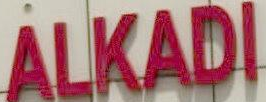
ALKADI